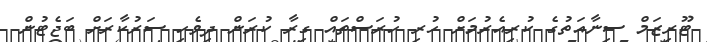
ޓޫރިޒަމް ސިނާއަތުގެ ކުރިއެރުމަށް ހުރި ހުރަސްތައް ގިރާ ކުރަން ދިވެހި ސަރުކާރަށް ބަޖެޓުން